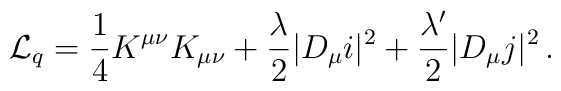
{\cal L}_{\sc q} = \frac{1}{4}K^{\mu\nu}K_{\mu\nu}+ \frac{\lambda}{2}|D_{\mu}i|^2 + \frac{\lambda'}{2}|D_{\mu}j|^2 \,.